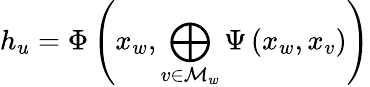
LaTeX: h_{u}=\Phi\left(x_{w},\bigoplus_{v\in\mathcal{M}_{w}}\Psi\left(x_{w},x_{v}\right)\right)